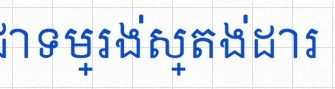
សរសេរជាទម្រង់ស្តង់ដារ